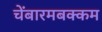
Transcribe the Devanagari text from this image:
चेंबारमबक्कम